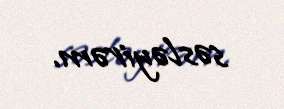
səsləyirəm.